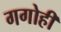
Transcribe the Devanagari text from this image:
गगोही